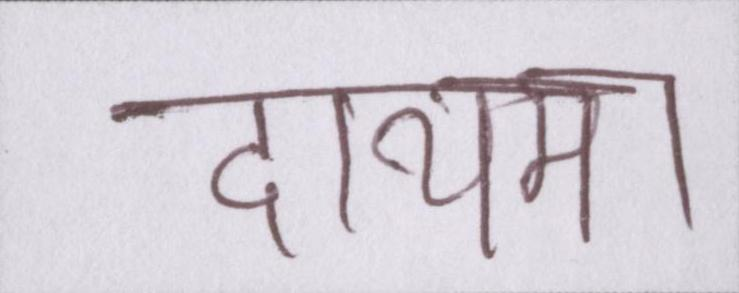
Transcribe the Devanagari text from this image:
दायमा